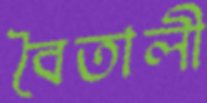
বৈতালী